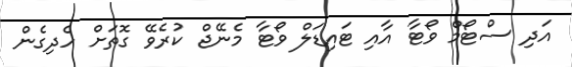
އަދި ސްޓޯމް ވޯޓާ އާއި ޓައިޑަލް ވޯޓާ މެނޭޖް ކުރެވޭ ގޮތަށް ހެދިގެން